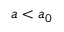
a < a _ { 0 }